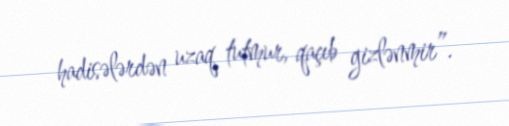
hadisələrdən uzaq tutmur, qaçıb gizlənmir”.